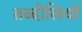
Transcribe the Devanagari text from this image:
तब्दीलियों